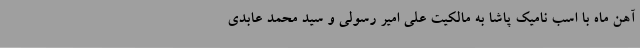
آهن ماه با اسب نامیک پاشا به مالکیت علی امیر رسولی و سید محمد عابدی